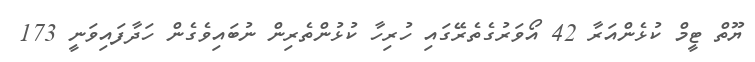
ޔޫތް ޓީމް ކުޅެންއަރާ 42 އޯވަރުގެތެރޭގައި ހުރިހާ ކުޅުންތެރިން ނުބައިވެގެން ހަދާފައިވަނީ 173